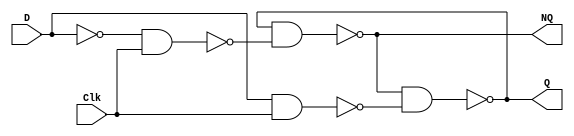
module Dflipflops(D,Clk,Q,NQ);
input D,Clk;
output Q,NQ;
wire w1,w2,w3;

not (w1,D);
nand (w2,D,Clk);
nand (w3,w1,Clk);
nand (NQ,Q,w3);
nand (Q,NQ,w2);

endmodule